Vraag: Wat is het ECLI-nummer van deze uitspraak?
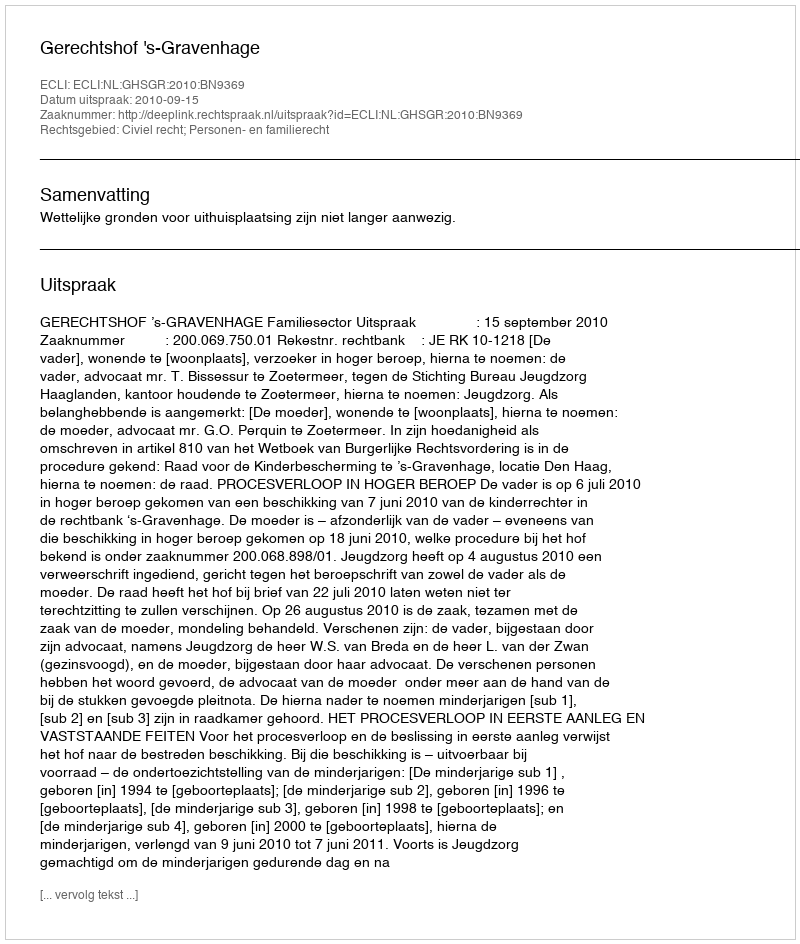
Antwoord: ECLI:NL:GHSGR:2010:BN9369